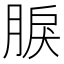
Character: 𦜏